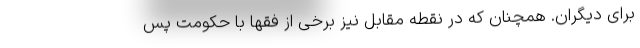
برای دیگران. همچنان که در نقطه مقابل نیز برخی از فقها با حکومت پس